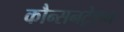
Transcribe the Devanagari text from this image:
कौन्सनट्रेशन